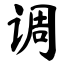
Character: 调